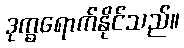
ဒုက္ခရောက်နိုင်သည်။